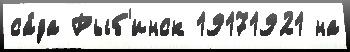
са́да Рыб'инск 19171921 на